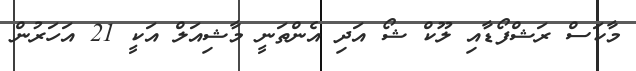
މާކަސް ރަޝްފޯޑާއި ލޫކް ޝޯ އަދި އެންތަނީ މާޝިއަލް އަކީ 21 އަހަރުން